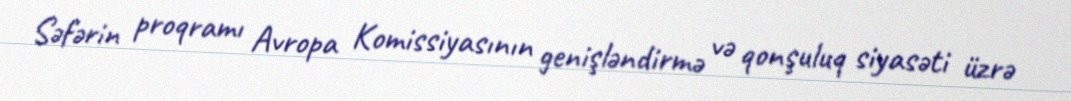
Səfərin proqramı Avropa Komissiyasının genişləndirmə və qonşuluq siyasəti üzrə